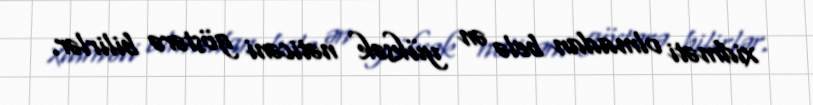
xidməti olmadan belə ən yüksək nəticəni göstərə bilirlər.